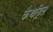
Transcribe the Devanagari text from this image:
कैथड्रिल